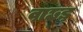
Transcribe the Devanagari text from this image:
वाछड़